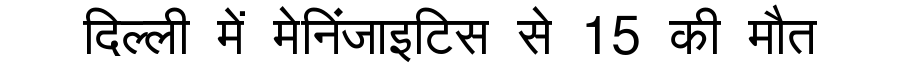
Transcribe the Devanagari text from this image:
दिल्ली में मेनिंजाइटिस से 15 की मौत